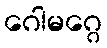
ဂေါမဂ္ဂေ